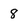
Character: 8